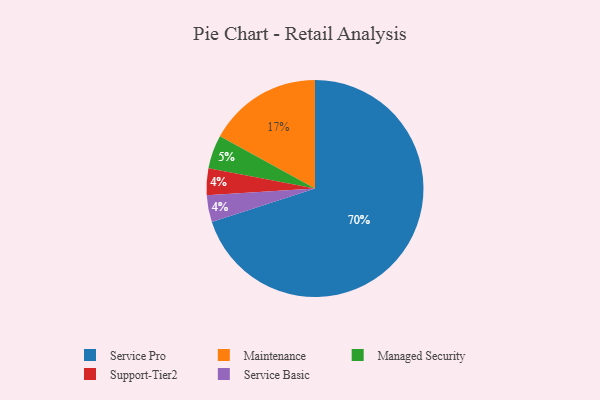
{"axis": {"x": "Category", "y": "Percentage"}, "legend": ["Maintenance", "Managed Security", "Service Basic", "Service Pro", "Support-Tier2"], "data": [{"x": "Service Pro", "y": 70, "type": "Service Pro"}, {"x": "Maintenance", "y": 17, "type": "Maintenance"}, {"x": "Managed Security", "y": 5, "type": "Managed Security"}, {"x": "Support-Tier2", "y": 4, "type": "Support-Tier2"}, {"x": "Service Basic", "y": 4, "type": "Service Basic"}]}